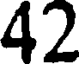
42